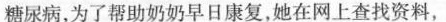
糖尿病，为了帮助奶奶早日康复，她在网上查找资料，